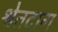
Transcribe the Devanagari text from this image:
श्वेतदाग